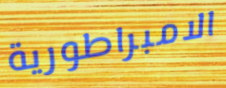
الامبراطورية